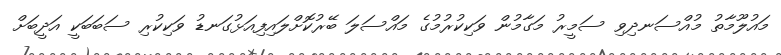
މައުލޫމާތު މުއްސަނދިވި ސަމީރު މަގާމުން ވަކިކުރުމުގެ މައްސަލަ ބޭރުކޮށްލައިފިއަޅުގަނޑު ވަކިކުރި ސަބަބަކީ އަދީބަށް